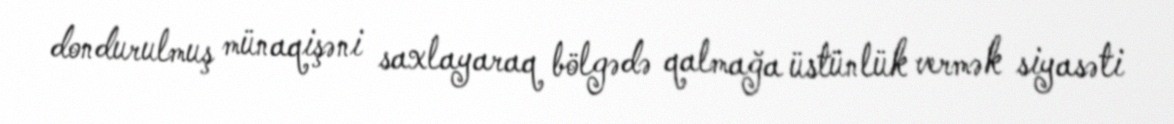
dondurulmuş münaqişəni saxlayaraq bölgədə qalmağa üstünlük vermək siyasəti